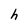
Character: h